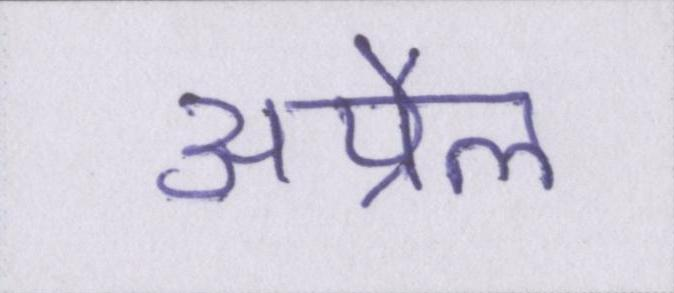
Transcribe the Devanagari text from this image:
अप्रैल